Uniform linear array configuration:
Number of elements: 16
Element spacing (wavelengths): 0.75
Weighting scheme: blackman
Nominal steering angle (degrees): -45
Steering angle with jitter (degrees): -43.887
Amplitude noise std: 0.05
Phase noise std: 0.05

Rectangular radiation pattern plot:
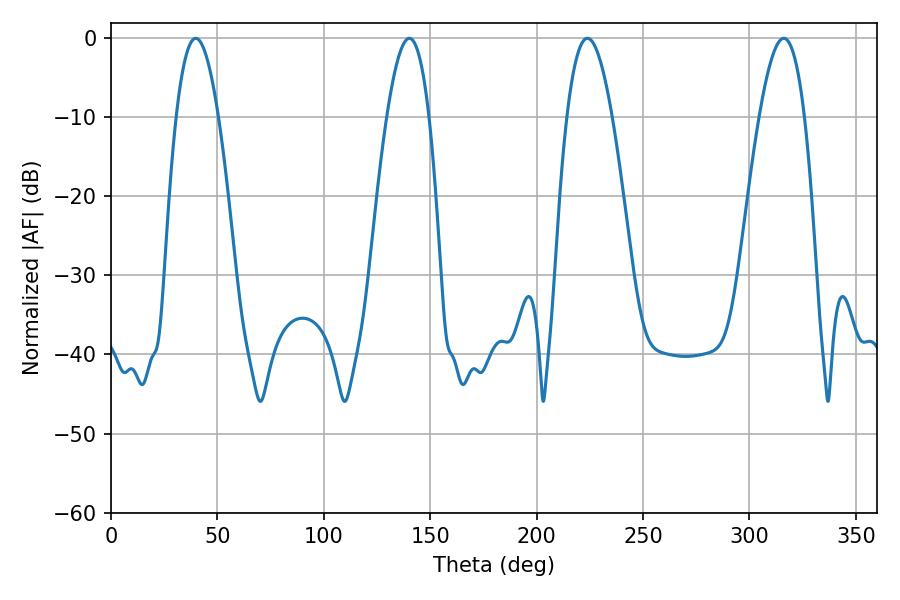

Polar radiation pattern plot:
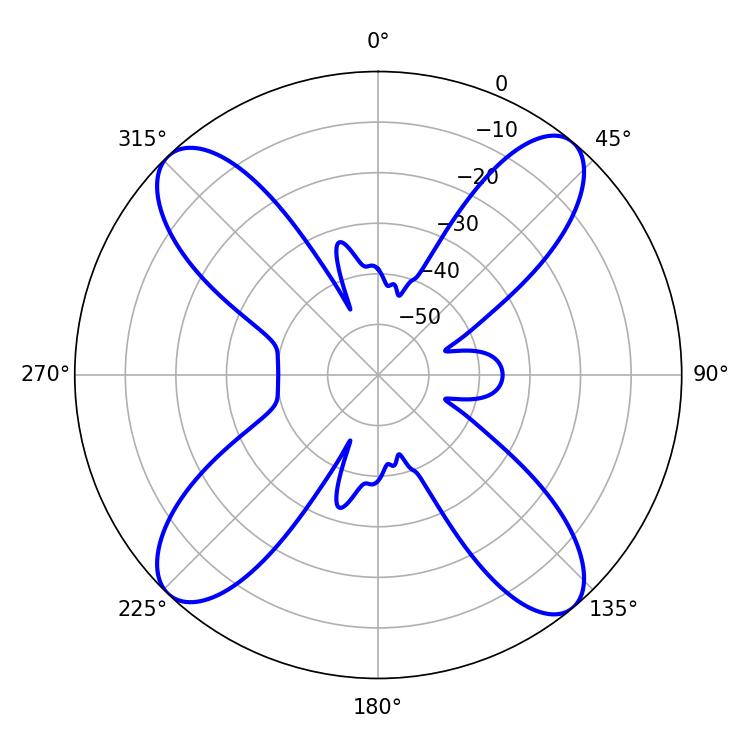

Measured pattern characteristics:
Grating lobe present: TRUE
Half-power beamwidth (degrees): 10.98
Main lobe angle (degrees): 39.78